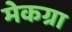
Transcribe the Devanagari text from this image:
मेकग्रा